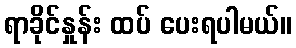
ရာခိုင်နှုန်း ထပ် ပေးရပါမယ်။